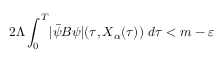
2 \Lambda \int _ { 0 } ^ { T } \lvert \Bar { \psi } B \psi \rvert ( \tau , X _ { \alpha } ( \tau ) ) \ d \tau < m - \varepsilon